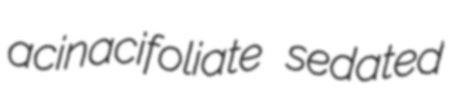
acinacifoliate sedated